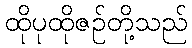
ထိုပုထိုဇဉ်တို့သည်